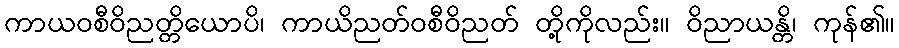
ကာယဝစီဝိညတ္တိယောပိ၊ ကာယိညတ်ဝစီဝိညတ် တို့ကိုလည်း။ ဝိညာယန္တိ၊ ကုန်၏။